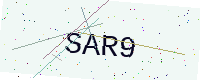
Text: SAR9